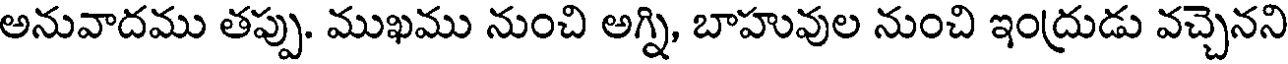
అనువాదము తప్పు. ముఖము నుంచి అగ్ని, బాహువుల నుంచి ఇంద్రుడు వచ్చెనని